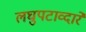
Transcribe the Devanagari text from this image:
लघुपटाव्दारे